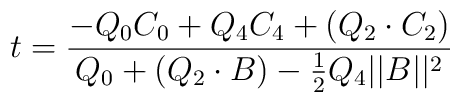
t={-Q_0C_0+Q_4C_4+(Q_2\cdot C_2)\over   Q_0+(Q_2\cdot B)-{1\over 2}Q_4||B||^2}